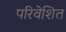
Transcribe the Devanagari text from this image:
परिवेशित